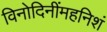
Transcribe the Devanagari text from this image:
विनोदिनींमहनिशं